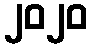
၂၀၂၀